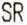
SR